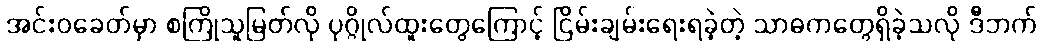
အင်းဝခေတ်မှာ စကြိုသူမြတ်လို ပုဂ္ဂိုလ်ထူးတွေကြောင့် ငြိမ်းချမ်းရေးရခဲ့တဲ့ သာဓကတွေရှိခဲ့သလို ဒီဘက်